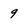
Character: 9